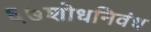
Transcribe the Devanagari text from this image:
६७शोधनिवंध